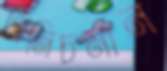
গ্রিনিচমান